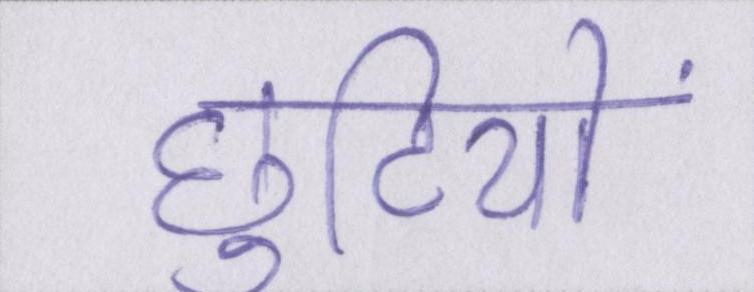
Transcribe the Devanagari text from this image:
छुटियों